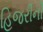
હિજરીની